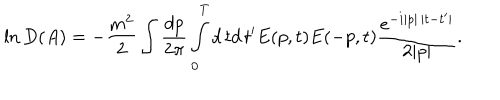
\ln D ( A ) = - \frac { m ^ { 2 } } 2 \int \frac { d p } { 2 \pi } \int _ { 0 } ^ { T } d \, t d \, t ^ { \prime } E ( p , t ) E ( - p , t ) \frac { e ^ { - i | p | \, | t - t ^ { \prime } | } } { 2 | p | } .